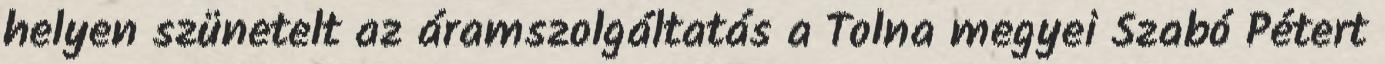
helyen szünetelt az áramszolgáltatás a Tolna megyei Szabó Pétert